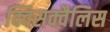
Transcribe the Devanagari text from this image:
क्विसक्वैलिस